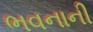
ભવનાની